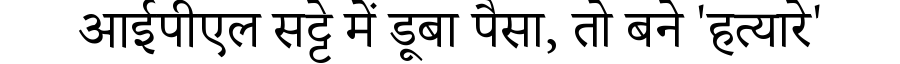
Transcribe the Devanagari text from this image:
आईपीएल सट्टे में डूबा पैसा, तो बने 'हत्यारे'